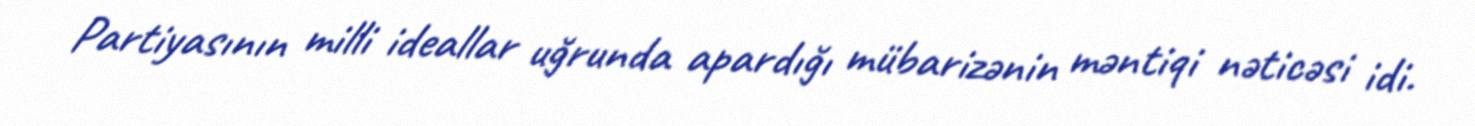
Partiyasının milli ideallar uğrunda apardığı mübarizənin məntiqi nəticəsi idi.